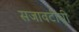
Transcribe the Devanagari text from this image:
सजावटीची